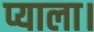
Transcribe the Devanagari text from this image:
प्याला।